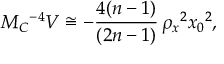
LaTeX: M _ { C } { } ^ { - 4 } V \cong - \frac { 4 ( n - 1 ) } { ( 2 n - 1 ) } \, \rho _ { x } { } ^ { 2 } x _ { 0 } { } ^ { 2 } ,